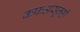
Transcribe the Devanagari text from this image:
कफअसूनही